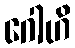
ဂေါဟိ